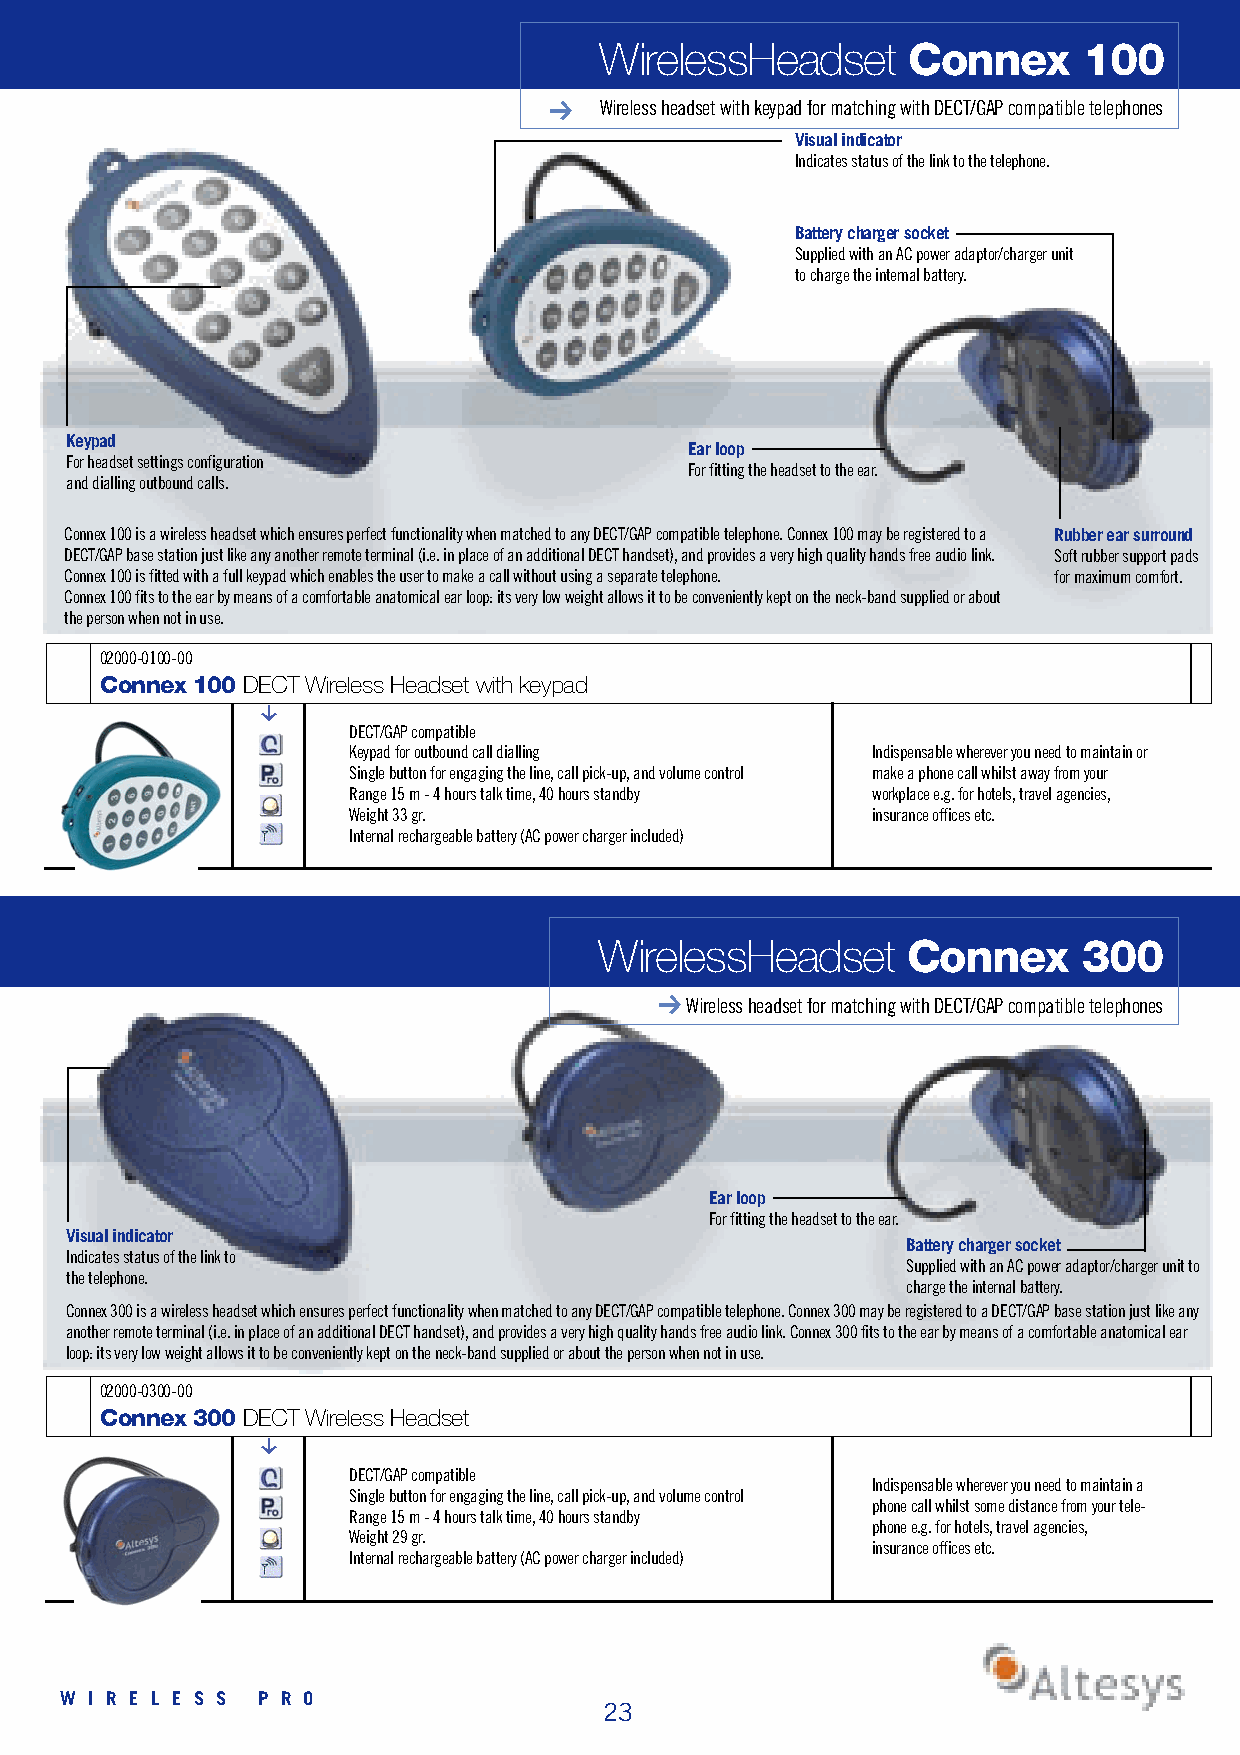
WirelessHeadset     Connex      100
 Wireless headset with keypad for matching with DECT/GAP compatible telephones
 Visual indicator
 Indicates status of the link to the telephone.
 Battery charger socket
 Supplied with an AC power adaptor/charger unit
 to charge the internal battery.
 K e y p a d
 Ear loop
 For headset settings configuration
 For fitting the headset to the ear.
 and dialling outbound calls.
 Connex 100 is a wireless headset which ensures perfect functionality when matched to any DECT/GAP compatible telephone. Connex 100 may be registered to a Rubber ear surround
 DECT/GAP base station just like any another remote terminal (i.e. in place of an additional DECT handset), and provides a very high quality hands free audio link. Soft rubber support pads
 Connex 100 is fitted with a full keypad which enables the user to make a call without using a separate telephone. for maximum comfort.
 Connex 100 fits to the ear by means of a comfortable anatomical ear loop: its very low weight allows it to be conveniently kept on the neck-band supplied or about
 the person when not in use.
 0 2 0 0 0 - 0 1 0 0 - 0 0
 Connex 100 DECT Wireless Headset with keypad
 g
 DECT/GAP compatible
 Keypad for outbound call dialling  Indispensable wherever you need to maintain or
 Single button for engaging the line, call pick-up, and volume control make a phone call whilst away from your
 Range 15 m - 4 hours talk time, 40 hours standby workplace e.g. for hotels, travel agencies,
 Weight 33 gr.                      insurance offices etc.
 Internal rechargeable battery (AC power charger included)
 WirelessHeadset     Connex      300
 Wireless headset for matching with DECT/GAP compatible telephones
 Ear loop
 For fitting the headset to the ear.
 Visual indicator
 Battery charger socket
 Indicates status of the link to
 Supplied with an AC power adaptor/charger unit to
 the telephone.
 charge the internal battery.
 Connex 300 is a wireless headset which ensures perfect functionality when matched to any DECT/GAP compatible telephone. Connex 300 may be registered to a DECT/GAP base station just like any
 another remote terminal (i.e. in place of an additional DECT handset), and provides a very high quality hands free audio link. Connex 300 fits to the ear by means of a comfortable anatomical ear
 loop: its very low weight allows it to be conveniently kept on the neck-band supplied or about the person when not in use.
 0 2 0 0 0 - 0 3 0 0 - 0 0
 Connex 300 DECT Wireless Headset
 g
 DECT/GAP compatible
 Indispensable wherever you need to maintain a
 Single button for engaging the line, call pick-up, and volume control
 phone call whilst some distance from your tele-
 Range 15 m - 4 hours talk time, 40 hours standby
 phone e.g. for hotels, travel agencies,
 Weight 29 gr.
 insurance offices etc.
 Internal rechargeable battery (AC power charger included)
 W I R E L E S S P R O
 23